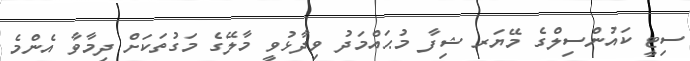
ސިޓީ ކައުންސިލްގެ މޭޔަރ ޝިފާ މުޙައްމަދު ވިދާޅުވީ މާލޭގެ މަގުތަކަށް ދިމާވާ އެންމެ